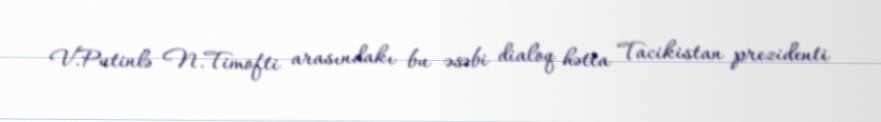
V.Putinlə N.Timofti arasındakı bu əsəbi dialoq hətta Tacikistan prezidenti